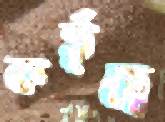
কর্তৃত্বে